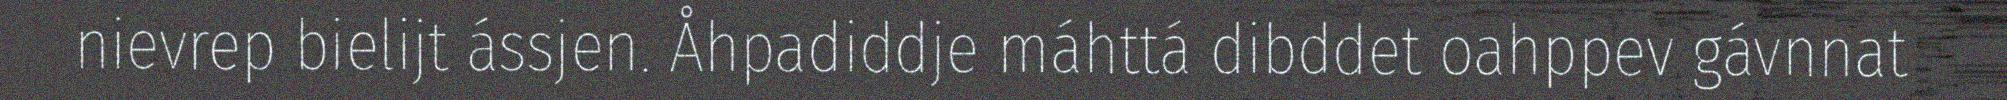
nievrep bielijt ássjen. Åhpadiddje máhttá dibddet oahppev gávnnat